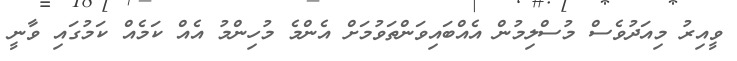
ވީއިރު މިއަދުވެސް މުސްލިމުން އެއްބައިވަންތަވުމަށް އެންމެ މުހިންމު އެއް ކަމެއް ކަމުގައި ވާނީ